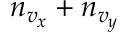
n _ { v _ { x } } + n _ { v _ { y } }